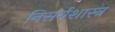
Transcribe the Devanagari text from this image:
निसर्गशास्त्र